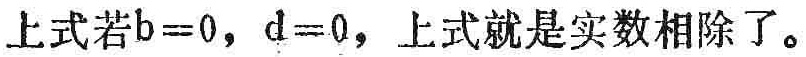
上式若\(b = 0\)，\(d = 0\)，上式就是实数相除了。